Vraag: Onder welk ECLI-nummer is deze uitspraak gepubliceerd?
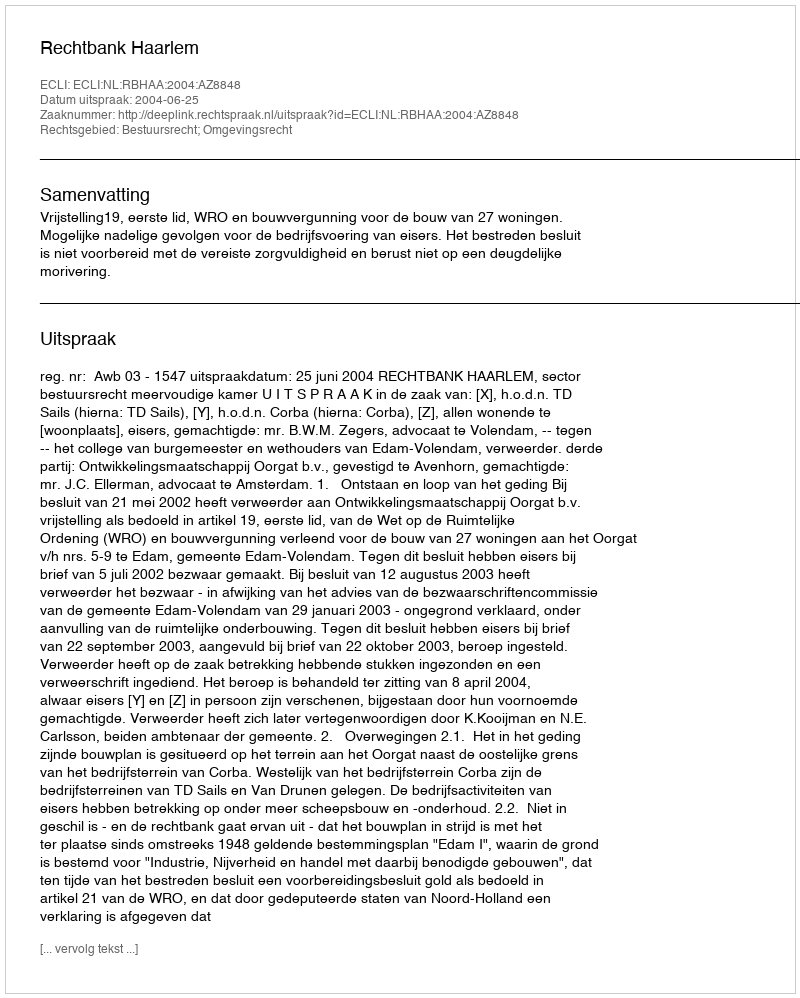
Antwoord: ECLI:NL:RBHAA:2004:AZ8848